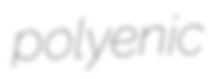
polyenic